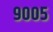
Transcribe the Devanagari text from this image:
९००५